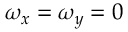
\omega _ { x } = \omega _ { y } = 0